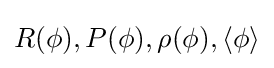
R(\phi ),P(\phi ),\rho (\phi ),\langle \phi \rangle